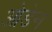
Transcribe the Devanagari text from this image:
ओडेन